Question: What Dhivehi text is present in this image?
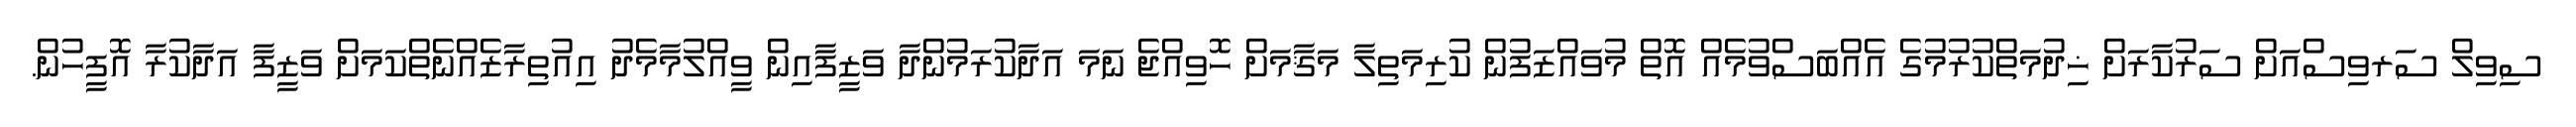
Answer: ސިވިލް ސަރވިސްއަށް ސަރުކާރަށް ޚިދުމަތްކުރުމުގެ އެއްބަސްވުމެއް އޮތް މުވައްޒަފުން ކުރިމަތިލާ މަޤާމަށް ހޮވިއްޖެ ނަމަ އަދާކުރަމުންދާ ވަޒީފާއިން ވީއްލުމާމެދު އިއުތިރާޒެއްނެތްކަމަށް ވަޒީފާ އަދާކުރާ އޮފީހުން.